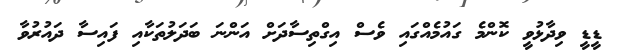
ޑީޑީ ވިދާޅުވީ ކޮންމެ ގައުމެއްގައި ވެސް އިގްތިސާދަށް އަންނަ ބަދަލުތަކާއި ފައިސާ ދައުރުވާ